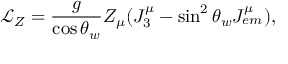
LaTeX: \mathcal { L } _ { Z } = \frac { g } { \cos \theta _ { w } } Z _ { \mu } ( J _ { 3 } ^ { \mu } - \sin ^ { 2 } \theta _ { w } J _ { e m } ^ { \mu } ) ,